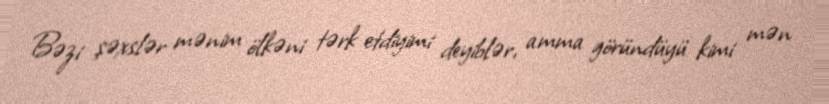
Bəzi şəxslər mənim ölkəni tərk etdiyimi deyiblər, amma göründüyü kimi mən